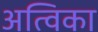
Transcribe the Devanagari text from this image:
अत्विका